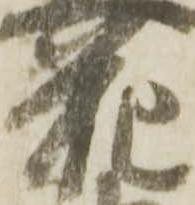
花